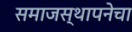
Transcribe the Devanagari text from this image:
समाजस्थापनेचा